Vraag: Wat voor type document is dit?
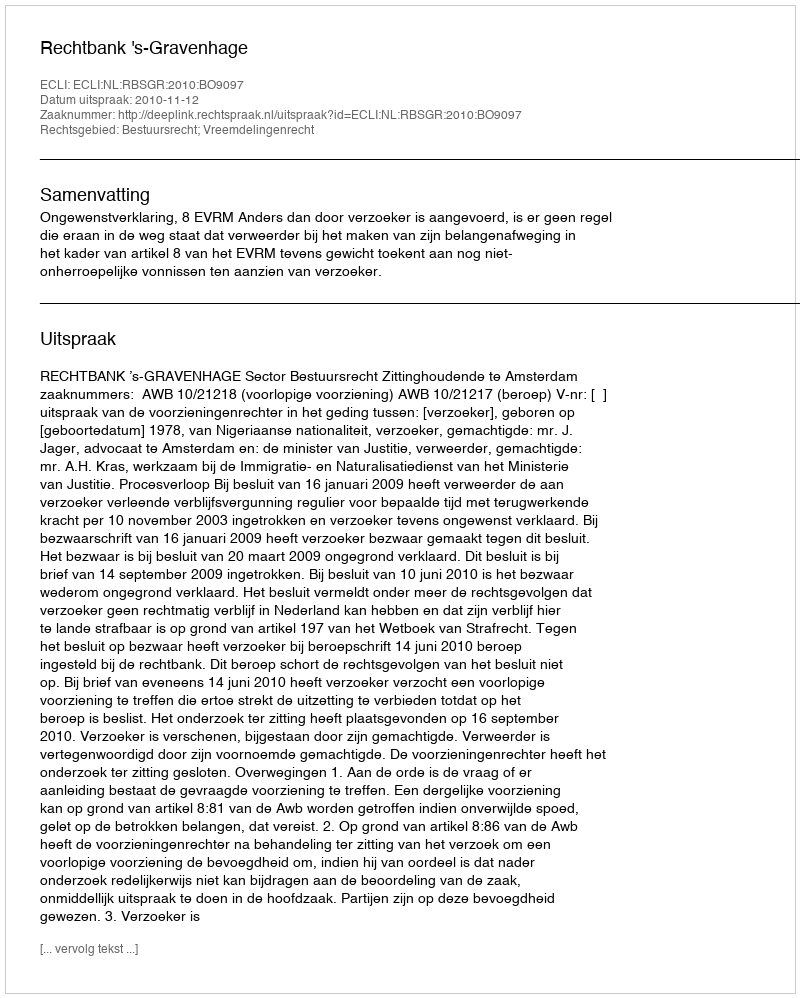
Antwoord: Uitspraak